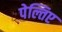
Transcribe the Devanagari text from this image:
पेल्तिए